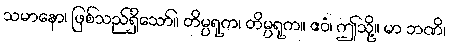
သမာနော၊ ဖြစ်သည်ရှိသော်။ တိမ္ပရုက၊ တိမ္ပရုက။ ဧဝံ၊ ဤသို့။ မာ ဘဏိ၊